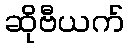
ဆိုဗီယက်